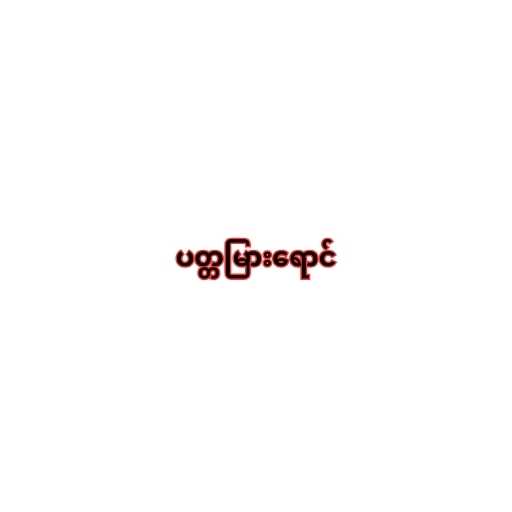
ပတ္တမြားရောင်